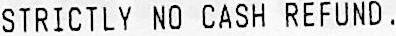
STRICTLY NO CASH REFUND.